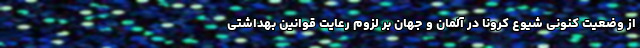
از وضعیت کنونی شیوع کرونا در آلمان و جهان بر لزوم رعایت قوانین بهداشتی